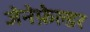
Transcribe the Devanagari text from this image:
जेनेफ़ेल्डर